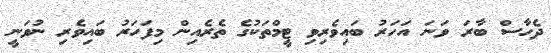
ދެހާސް ބާރަ ވަނަ އަހަރު ބައިވެރިވި ޓީމްތަކުގެ ތެރެއިން މިފަހަރު ބައިވެރި ނުވަނީ